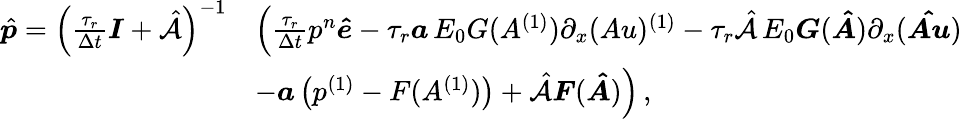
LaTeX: \begin{array}{rl}{\hat{\boldsymbol{p}}=\left(\frac{\tau_{r}}{\Delta t}\boldsymbol{I}+\hat{\mathcal{A}}\right)^{-1}}&{\Big(\frac{\tau_{r}}{\Delta t}p^{n}\boldsymbol{\hat{e}}-\tau_{r}\boldsymbol{a}\, E_{0}G(A^{(1)})\partial_{x}(Au)^{(1)}-\tau_{r}\hat{\mathcal{A}}\, E_{0}\boldsymbol{G}(\boldsymbol{\hat{A}})\partial_{x}(\boldsymbol{\hat{Au}})}\\ &{-\boldsymbol{a}\left(p^{(1)}-F(A^{(1)})\right)+\hat{\mathcal{A}}\boldsymbol{F}(\boldsymbol{\hat{A}})\Big)\, ,}\end{array}